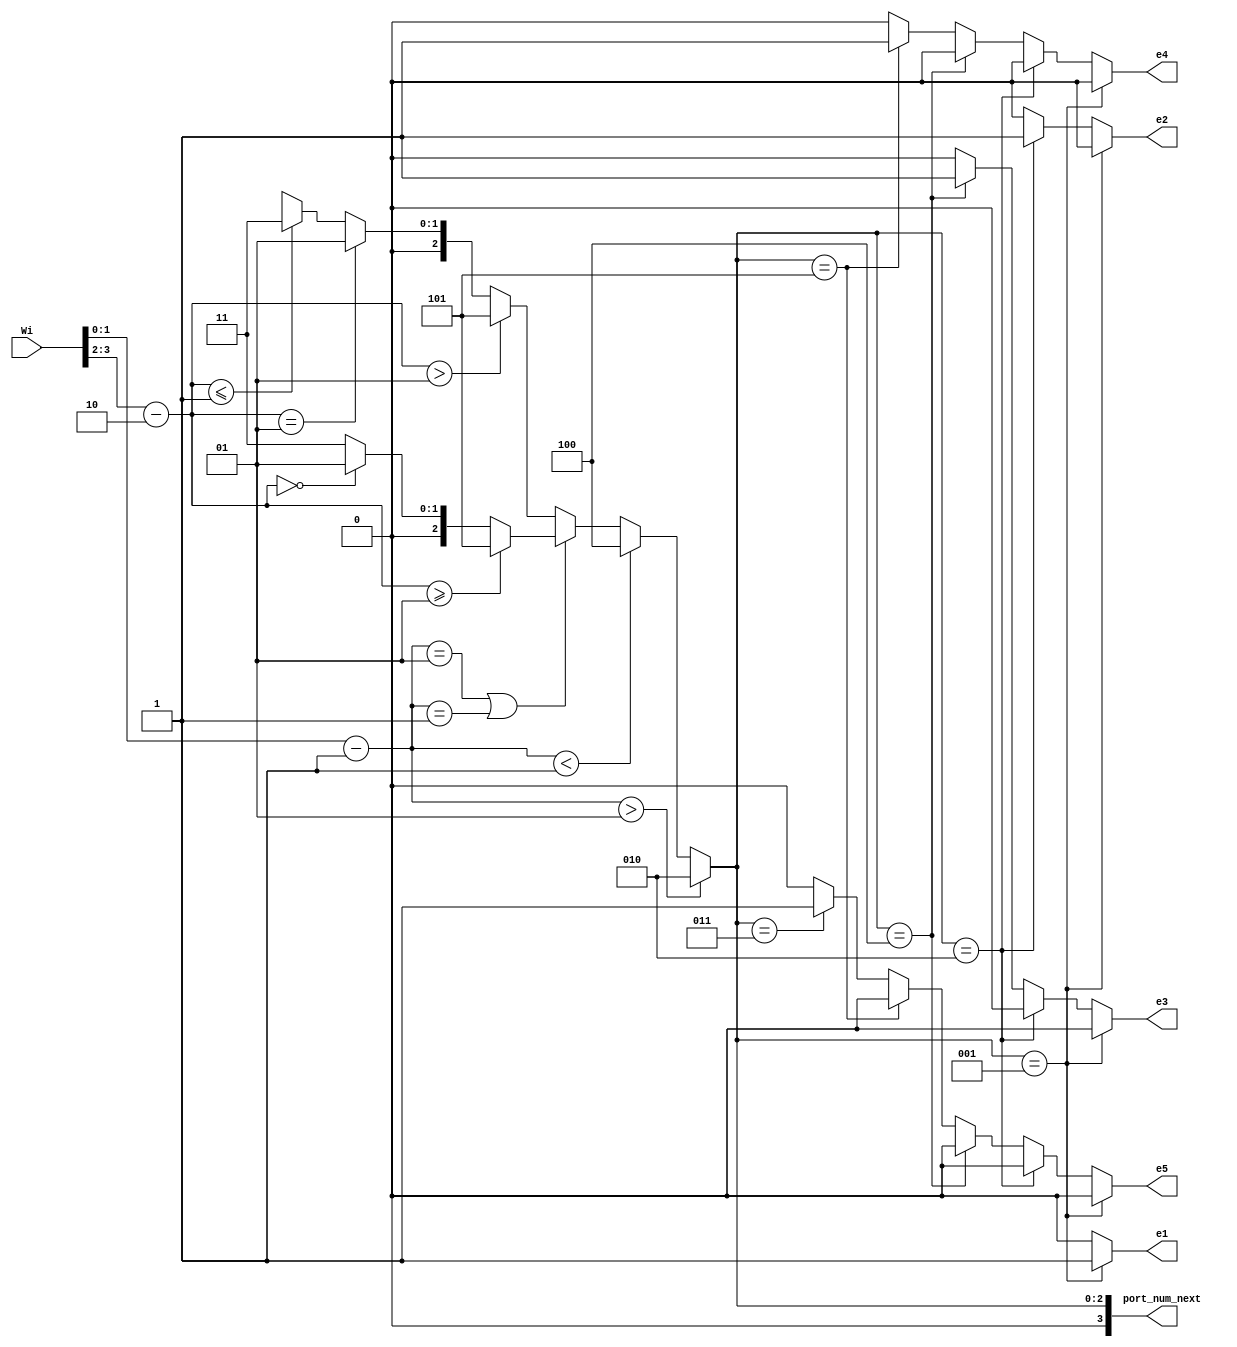
`timescale 1ns / 1ps
//////////////////////////////////////////////////////////////////////////////////
// Company: 
// Engineer: 
// 
// Design Name: 
// Module Name:    compute2 
// Project Name: 
// Target Devices: 
// Tool versions: 
// Description: 
//
// Dependencies: 
//
// Revision: 
// Revision 0.01 - File Created
// Additional Comments: 
//
//////////////////////////////////////////////////////////////////////////////////
module computeR22( Wi,port_num_next, e1,e2,e3,e4,e5
		); //,);

input wire[7:0] Wi;
//output [3:0] Lo, Eo, Wo, No, So;
output [3:0] port_num_next;
wire [3:0]  Lo, Eo, Wo, No, So;
output reg e1,e2,e3,e4,e5;

  assign Lo    =        3'd1;  
assign Eo  =          3'd2;
   assign No    =        3'd3;  
    assign Wo    =        3'd4;  
  assign So   =         3'd5;  
   //assign HDR_FLIT =  2'b10;
 //  assign BODY_FLIT = 2'b00;
  // assign  TAIL_FLIT = 2'b01;
	 
	localparam X_NODE_NUM                    =    4;
   localparam Y_NODE_NUM                    =    4;
   localparam X_NODE_NUM_WIDTH            =    2;
   localparam Y_NODE_NUM_WIDTH            =    2;
	localparam X_S_Adress                  = 1;
	localparam Y_S_Adress                  = 2;
	
	// input   
	wire  [X_NODE_NUM_WIDTH-1        :0]    dest_x_node_in;
//    input  
	wire   [Y_NODE_NUM_WIDTH-1        :0]    dest_y_node_in;
	//output    [3:0]    port_num_out;
	reg [3:0]    port_num_next;
    
	  wire signed [X_NODE_NUM_WIDTH        :0] xc;//current
    wire signed [X_NODE_NUM_WIDTH        :0] xd;//destination
    wire signed [Y_NODE_NUM_WIDTH        :0] yc;//current
    wire signed [Y_NODE_NUM_WIDTH        :0] yd;//destination
    wire signed [X_NODE_NUM_WIDTH        :0] xdiff;
    wire signed [Y_NODE_NUM_WIDTH        :0] ydiff;
    
	 assign dest_x_node_in=Wi[1:0];
	 assign dest_y_node_in=Wi[3:2];
	 
    assign     xc     =X_S_Adress [X_NODE_NUM_WIDTH-1        :0];
    assign     yc     =Y_S_Adress[Y_NODE_NUM_WIDTH-1        :0];
    assign    xd        =dest_x_node_in;
    assign    yd     = dest_y_node_in;
    assign     xdiff    = xd-xc;
    assign    ydiff    = yd-yc;
    
	 
    
    always@(*)begin
     // port_num_next    = Lo;
           if                (xdiff    >  1)        port_num_next    = Eo;
         else if        (xdiff    < -1)        port_num_next    = Wo;
            else if        (xdiff    ==    1 || xdiff    ==    -1     )
			begin
                if            (ydiff    >= 1)        port_num_next    = So;
                else if     (ydiff    ==    0)        port_num_next    = Lo;
                else                                 port_num_next    = No;
           end  // xdiff    ==    1 || xdiff    ==    -1     
            else begin //xdiff ==0
              if            (ydiff    >    1)        port_num_next    = So;
                else if    (ydiff    ==    1)        port_num_next    = Lo;
            //   else if    (ydiff    ==-1)        port_num_next    = L;
                else if    (ydiff    <= -1)        port_num_next    = No;
               else                                 port_num_next    = 1'bx; //xdiff ==0
          end //else
    end
	 //assign    port_num_out= port_num_next;
	 always@(*)begin
	 if(port_num_next== Lo)  begin 
	 e1=1; 
	 e2=0;
	 e3=0;
	 e4=0;
	 e5=0;
	 end
	else if (port_num_next== Eo) begin e1=0; 
	 e2=1;
	 e3=0;
	 e4=0;
	 e5=0;
	 end
	else if (port_num_next==Wo) 
	begin 
	 e1=0; 
	 e2=0;
	 e3=1;
	 e4=0;
	 e5=0;
	 end
	else if(port_num_next==So) begin e1=0; 
	 e2=0;
	 e3=0;
	 e4=1;
	 e5=0;
	 end
 else    if(port_num_next==No)   begin e1=0; 
	 e2=0;
	 e3=0;
	 e4=0;
	 e5=1;
 end
 else begin e1=0; 
	 e2=0;
	 e3=0;
	 e4=0;
	 e5=0;
 end 
 end 
endmodule